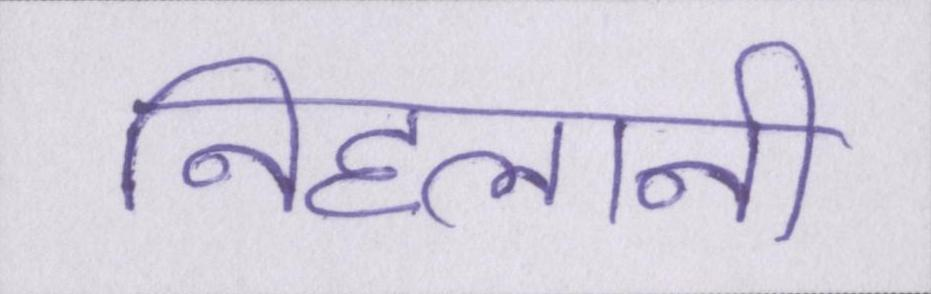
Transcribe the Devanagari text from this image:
निहलानी